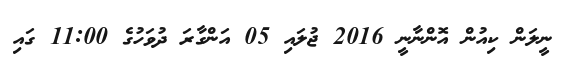
ނީލަން ކިއުން އޮންނާނީ 2016 ޖުލައި 05 އަންގާރަ ދުވަހުގެ 11:00 ގައި